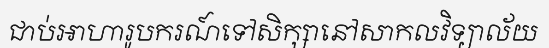
ជាប់អាហារូបករណ៍ទៅសិក្សានៅសាកលវិទ្យាល័យ